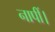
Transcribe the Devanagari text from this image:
नापीं।